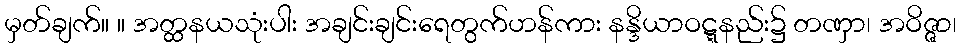
မှတ်ချက်။ ။ အတ္ထနယသုံးပါး အချင်းချင်းရေတွက်ဟန်ကား နန္ဒိယာဝဋ္ဋနည်း၌ တဏှာ၊ အဝိဇ္ဇာ၊